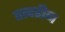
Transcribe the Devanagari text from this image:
तत्वहीन